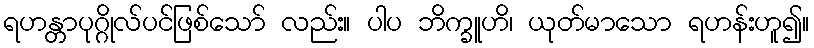
ရဟန္တာပုဂ္ဂိုလ်ပင်ဖြစ်သော် လည်း။ ပါပ ဘိက္ခူဟိ၊ ယုတ်မာသော ရဟန်းဟူ၍။